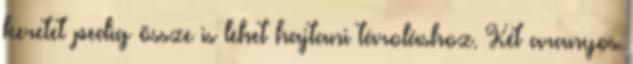
keretet pedig össze is lehet hajtani tároláshoz. Két aranyos